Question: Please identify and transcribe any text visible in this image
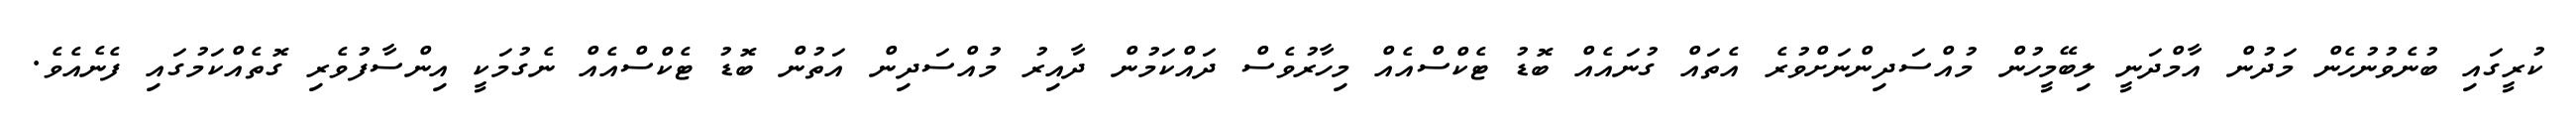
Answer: ކުރީގައި ބުނެވުނުހެން މަދުން އާމްދަނީ ލިބޭމީހުން މުއްސަދިންނަށްވުރެ އެތައް ގުނައެއް ބޮޑު ޓެކްސްއެއް މިހާރުވެސް ދައްކަމުން ދާއިރު މުއްސަދިން އަތުން ބޮޑު ޓެކްސްއެއް ނެގުމަކީ އިންސާފުވެރި ގޮތެއްކަމުގައި ފެނެއެވެ.